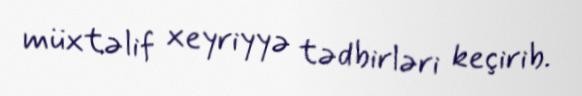
müxtəlif xeyriyyə tədbirləri keçirib.